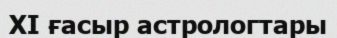
XI ғасыр астрологтары